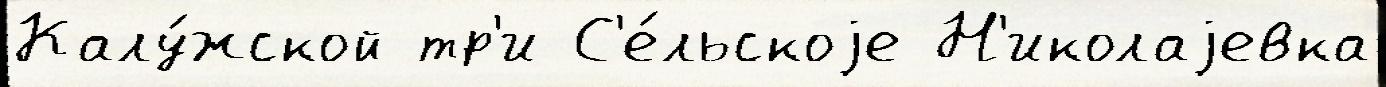
Калу́жской тр'и С'е́льскоjе Н'иколаjевка